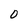
Character: O